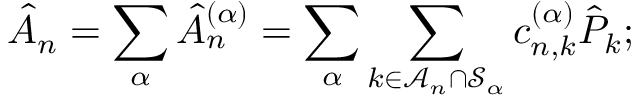
\hat { A } _ { n } = \sum _ { \alpha } \hat { A } _ { n } ^ { ( \alpha ) } = \sum _ { \alpha } \sum _ { k \in \mathcal { A } _ { n } \cap \mathcal { S } _ { \alpha } } c _ { n , k } ^ { ( \alpha ) } \hat { P } _ { k } ;